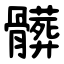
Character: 髒